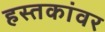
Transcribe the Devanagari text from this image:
हस्तकांवर